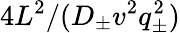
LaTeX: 4L^{2}/(D_{\pm}v^{2}q_{\pm}^{2})